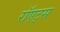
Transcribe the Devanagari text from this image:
रॉएट्स